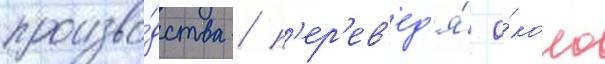
произво́дства / п'ер'ев'ед'я́ о́коло